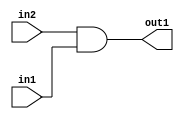
`timescale 1ps / 1ps
/*****************************************************************************
    Verilog RTL Description
    
    
    Created by: Stratus DpOpt 2019.1.01 
*******************************************************************************/

module cache_And_1Ux1U_1U_4 (
	in2,
	in1,
	out1
	); /* architecture "behavioural" */ 
input  in2,
	in1;
output  out1;
wire  asc001;

assign asc001 = 
	(in2)
	&(in1);

assign out1 = asc001;
endmodule

/* CADENCE  urbzQwA= : u9/ySgnWtBlWxVPRXgAZ4Og= ** DO NOT EDIT THIS LINE ******/